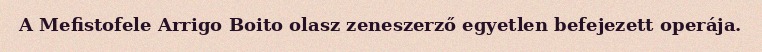
A Mefistofele Arrigo Boito olasz zeneszerző egyetlen befejezett operája.